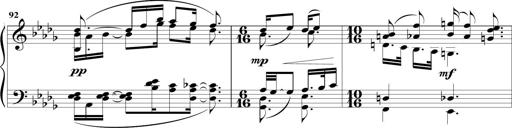
Title: Sonatine MÃ©lancolique
Composer: Julian Raoul Besset